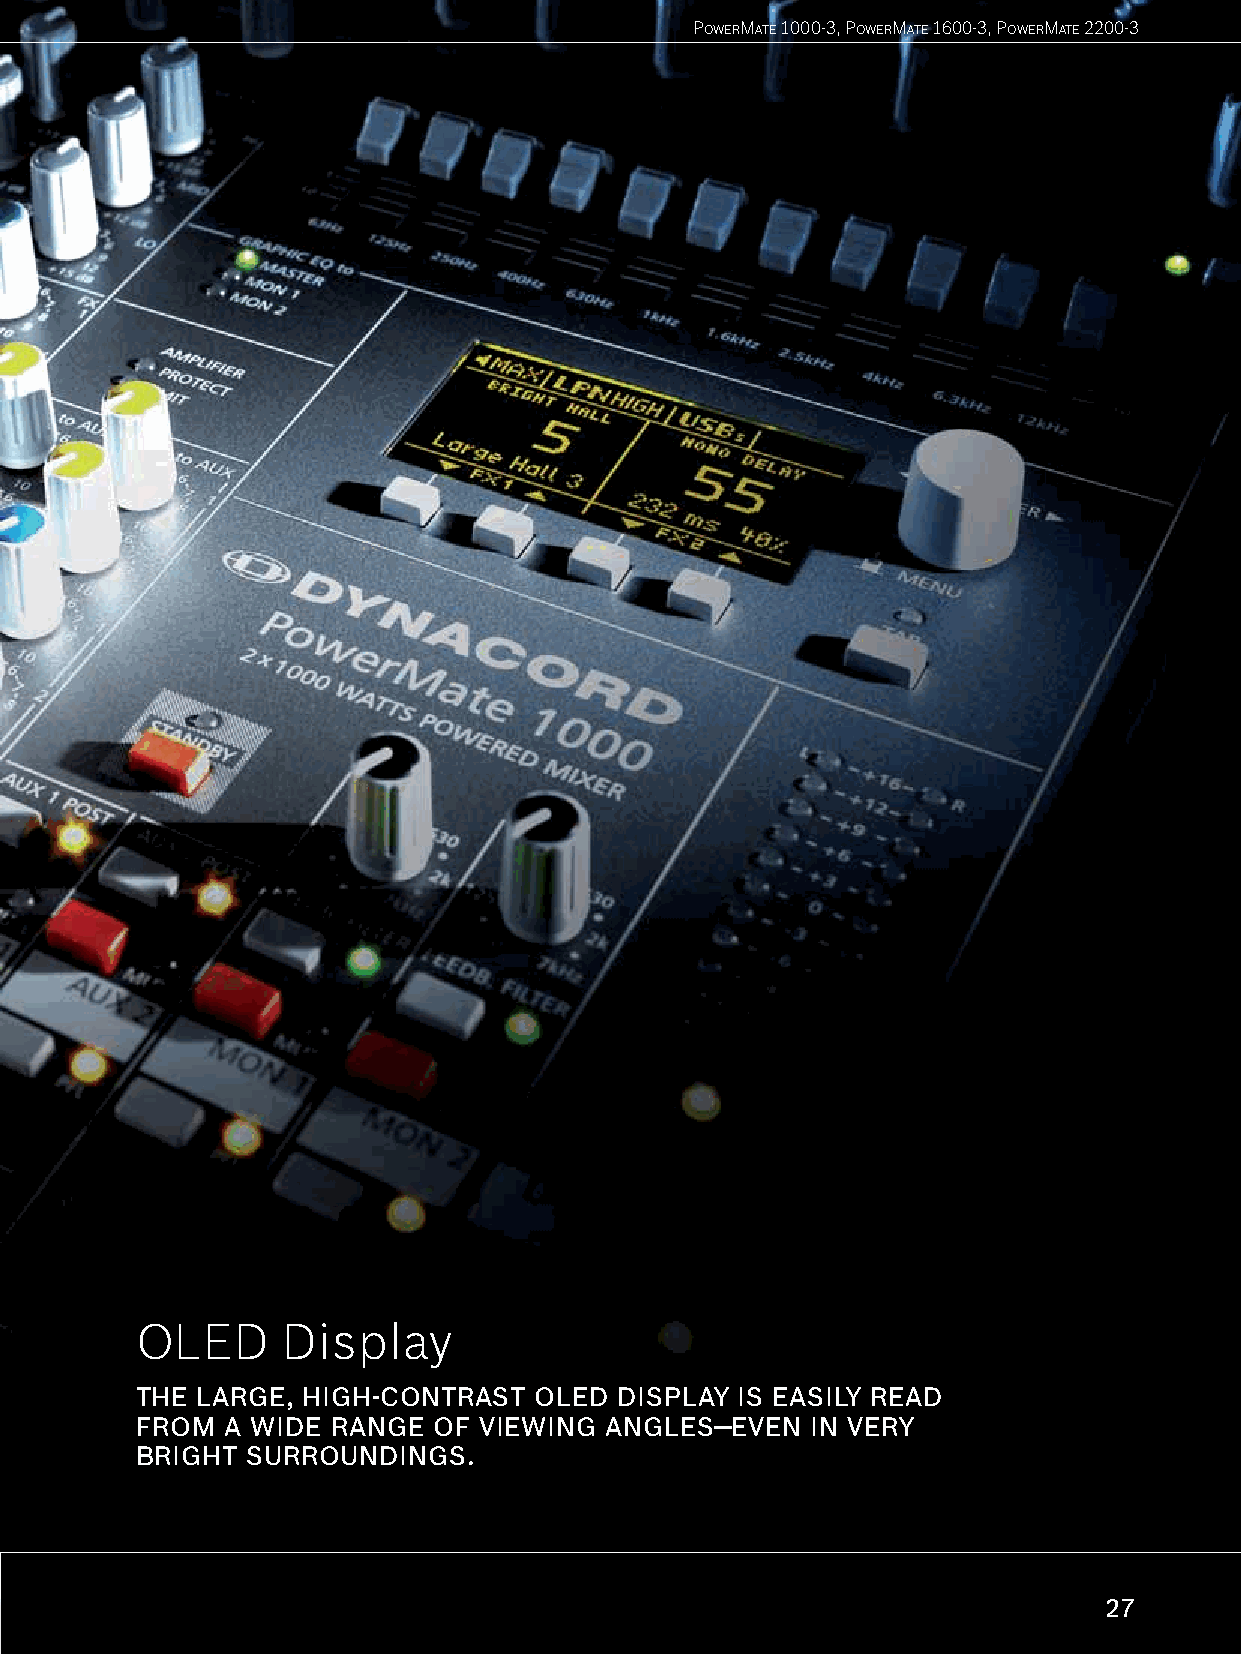
POWERMATE 1000-3, POWERMATE 1600-3, POWERMATE 2200-3
 OLED      Display
 THE LARGE, HIGH-CONTRAST  OLED  DISPLAY IS EASILY READ
 FROM  A WIDE RANGE  OF VIEWING ANGLES—EVEN  IN VERY
 BRIGHT SURROUNDINGS.
 27